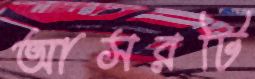
আসরটি